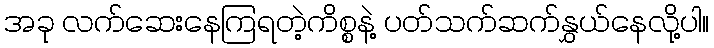
အခု လက်ဆေးနေကြရတဲ့ကိစ္စနဲ့ ပတ်သက်ဆက်နွှယ်နေလို့ပါ။